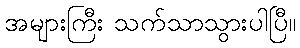
အများကြီး သက်သာသွားပါပြီ။